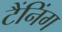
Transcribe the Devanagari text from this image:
टैंनिंग